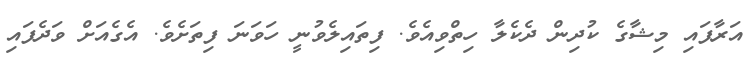
އަރާފައި މިޝާގެ ކުދިން ދެކެލާ ހިތްވިއެވެ. ފިތައިލެވުނީ ހަވަނަ ފިތަށެވެ. އެގެއަށް ވަދެފައި